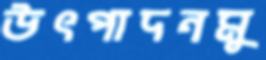
উৎপাদনমু